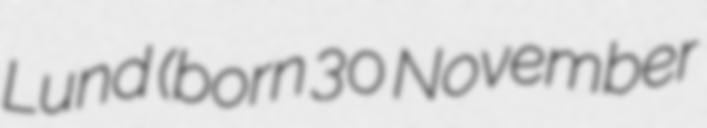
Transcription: Lund (born 30 November